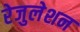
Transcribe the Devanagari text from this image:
रेजुलेशन